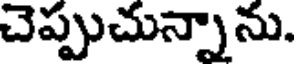
చెప్పుచున్నాను.